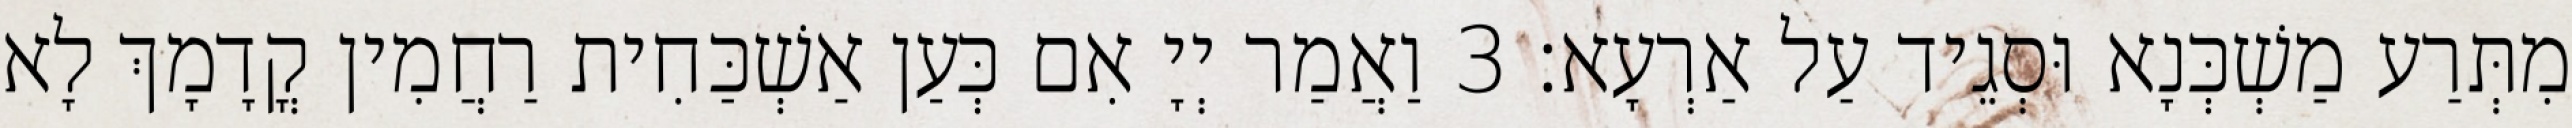
מִתְּרַע מַשְׁכְּנָא וּסְגֵיד עַל אַרְעָא׃ 3 וַאֲמַר יְיָ אִם כְּעַן אַשְׁכַּחִית רַחֲמִין קֳדָמָךְ לָא